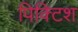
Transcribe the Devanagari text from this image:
पिक्टिश